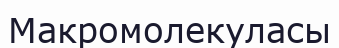
Макромолекуласы